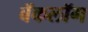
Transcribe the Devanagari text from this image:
बॅकलॉग